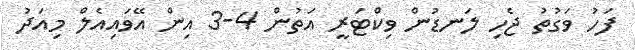
ފަހު ވަގުތު ޖެހި ލަނޑުން ވިކްޓަރީ އަތުން 4-3 އިން އޭވައިއެލް މިއަދު